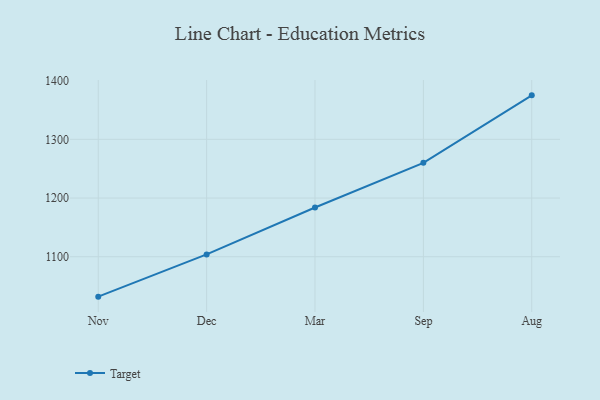
{"axis": {"x": "Month", "y": "Tickets Resolved"}, "legend": ["Target"], "data": [{"x": "Nov", "y": 1032.0, "type": "Target"}, {"x": "Dec", "y": 1103.9, "type": "Target"}, {"x": "Mar", "y": 1183.9, "type": "Target"}, {"x": "Sep", "y": 1260.0, "type": "Target"}, {"x": "Aug", "y": 1374.9, "type": "Target"}]}